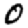
Digit: 0